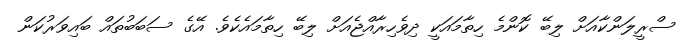
ސްރީލަންކާއަށް ލިބޭ ކޮންމެ ހިތާމައަކީ ދިވެހިރާއްޖެއަށް ލިބޭ ހިތާމައެކެވެ. އޭގެ ސަބަބުތައް ބައިވަރުކަން